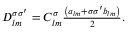
\begin{array} { r } { D _ { l m } ^ { \sigma \sigma ^ { \prime } } = C _ { l m } ^ { \sigma } \frac { \left( { a _ { l m } + \sigma \sigma ^ { \prime } b _ { l m } } \right) } { 2 } . } \end{array}